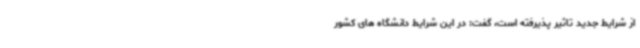
از شرایط جدید تاثیر پذیرفته است، گفت: در این شرایط دانشگاه های کشور